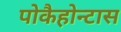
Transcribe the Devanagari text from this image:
पोकैहोन्टास